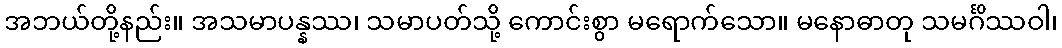
အဘယ်တို့နည်း။ အသမာပန္နဿ၊ သမာပတ်သို့ ကောင်းစွာ မရောက်သော။ မနောဓာတု သမင်္ဂိဿဝါ၊